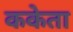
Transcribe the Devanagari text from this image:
ककेता